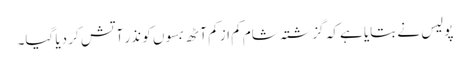
پولیس نے بتایا ہے کہ گزشتہ شام کم از کم آٹھ بسوں کو نذرِ آتش کر دیا گیا۔